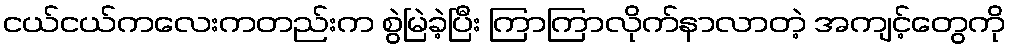
ငယ်ငယ်ကလေးကတည်းက စွဲမြဲခဲ့ပြီး ကြာကြာလိုက်နာလာတဲ့ အကျင့်တွေကို